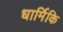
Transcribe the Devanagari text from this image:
धार्मिकि